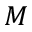
M